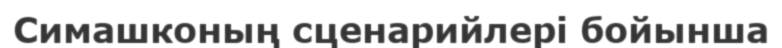
Симашконың сценарийлері бойынша